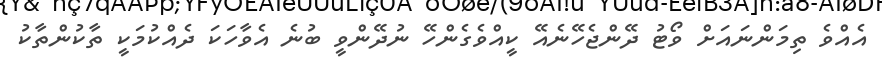
އެއްވެ ތިމަންނައަށް ވޯޓު ދޭންޖެހޭނެއޭ ކީއްވެގެންހޭ ނުދޭންވީ ބުނެ އެވާހަކަ ދެއްކުމަކީ ތާކުންތާކު